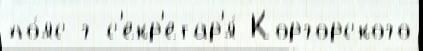
по́яс г с'екр'етар'я́ Коргорского